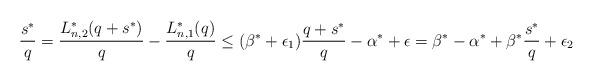
LaTeX: \begin{align*}\frac{s^{\ast}}{q}= \frac{L_{n,2}^{\ast}(q+s^{\ast})}{q} - \frac{L_{n,1}^{\ast}(q)}{q}\leq (\beta^{\ast}+\epsilon_{1})\frac{q+s^{\ast}}{q} - \alpha^{\ast} +\epsilon=\beta^{\ast}-\alpha^{\ast}+ \beta^{\ast} \frac{s^{\ast}}{q}+\epsilon_{2}\end{align*}